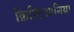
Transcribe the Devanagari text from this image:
क्रिस्टिआनिया